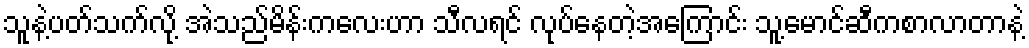
သူနဲ့ပတ်သက်လို့ အဲသည်မိန်းကလေးဟာ သီလရင် လုပ်နေတဲ့အကြောင်း သူ့မောင်ဆီကစာလာတာနဲ့